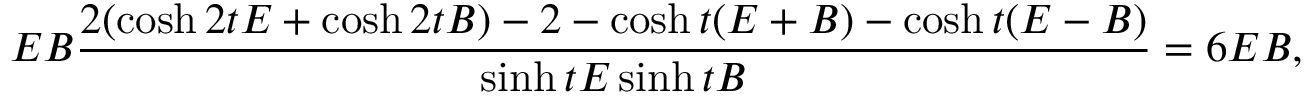
E B \frac { 2 ( \cosh 2 t E + \cosh 2 t B ) - 2 - \cosh t ( E + B ) - \cosh t ( E - B ) } { \sinh t E \sinh t B } = 6 E B ,